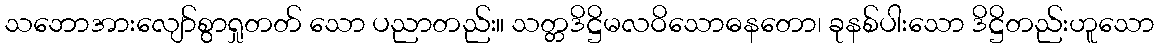
သဘောအားလျော်စွာရှုတတ် သော ပညာတည်း။ သတ္တဒိဋ္ဌိမလဝိသောဓနတော၊ ခုနစ်ပါးသော ဒိဋ္ဌိတည်းဟူသော